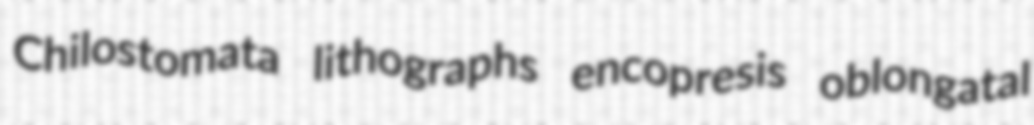
Chilostomata lithographs encopresis oblongatal